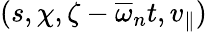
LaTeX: (s,\chi,\zeta-\overline{{\omega}}_{n}t,v_{\| })